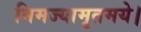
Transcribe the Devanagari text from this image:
निमज्यामृतमये।